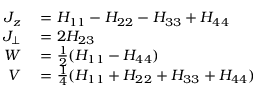
\begin{array} { r l } { J _ { z } } & { { } = H _ { 1 1 } - H _ { 2 2 } - H _ { 3 3 } + H _ { 4 4 } } \\ { J _ { \perp } } & { { } = 2 H _ { 2 3 } } \\ { W } & { { } = \frac { 1 } { 2 } ( H _ { 1 1 } - H _ { 4 4 } ) } \\ { V } & { { } = \frac { 1 } { 4 } ( H _ { 1 1 } + H _ { 2 2 } + H _ { 3 3 } + H _ { 4 4 } ) } \end{array}